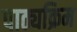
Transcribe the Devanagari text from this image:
पाठ्यक्रिम